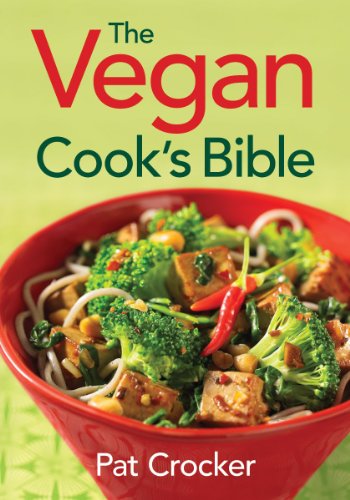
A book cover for The Vegan Cook's Bible; Pat Crocker; Health, Fitness & Dieting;